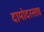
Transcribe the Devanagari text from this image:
दामोदरस्तव